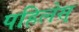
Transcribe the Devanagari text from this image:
पहिलेस्